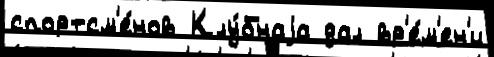
спортсм'е́нов Клу́бнаjа дал вр'е́м'ен'и